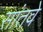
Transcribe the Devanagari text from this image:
सांतवे